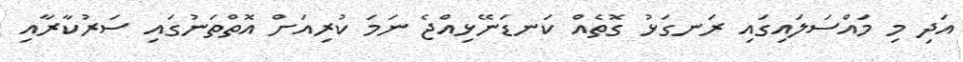
އަދި މި މައްސަލައިގައި ރަނގަޅު ގޮތެއް ކަނޑަނޭޅިއްޖެ ނަމަ ކުރިއަށް އޮތްތަނުގައި ސަރުކާރާއި